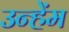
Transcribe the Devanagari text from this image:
उन्हेंम